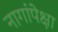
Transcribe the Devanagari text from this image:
नागांपेक्षा